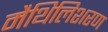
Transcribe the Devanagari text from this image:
मैथिलिशरण